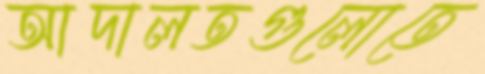
আদালতগুলোতে